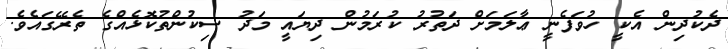
ދެކުދިން އެކީ ހުވަފެނީ ޢާލަމަށް ދަތުރު ކުރަމުން ދިޔައީ މަދު ސިކުންތުކޮޅެއްގެ ތެރޭގައެވެ.